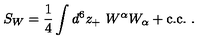
S _ { W } = \frac { 1 } { 4 } \int d ^ { 6 } z _ { + } \ W ^ { \alpha } W _ { \alpha } + \mathrm { c . c . } \ .